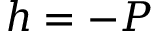
h = - P